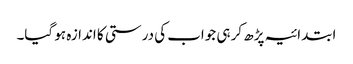
ابتدائیہ پڑھ کر ہی جواب کی درستی کا اندازہ ہو گیا۔